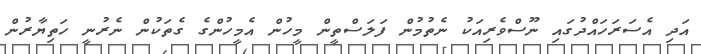
އަދި އެސަރަހައްދުގައި ނޫސްވެރިއަކު ނެތުމުން ފަލަސްތީން މީހުން އެމީހުންގެ ގެތަކުން ނެރުނީ ހަތިޔާރުން